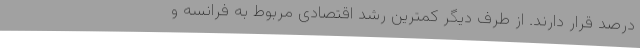
درصد قرار دارند. از طرف دیگر کمترین رشد اقتصادی مربوط به فرانسه و